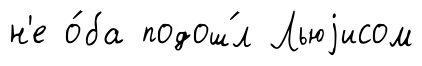
н'е о́ба подош́л Льюjисом